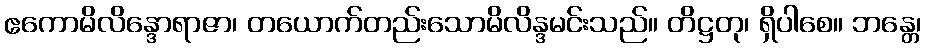
ဧကောမိလိန္ဒောရာဇာ၊ တယောက်တည်းသောမိလိန္ဒမင်းသည်။ တိဋ္ဌတု၊ ရှိပါစေ။ ဘန္တေ၊